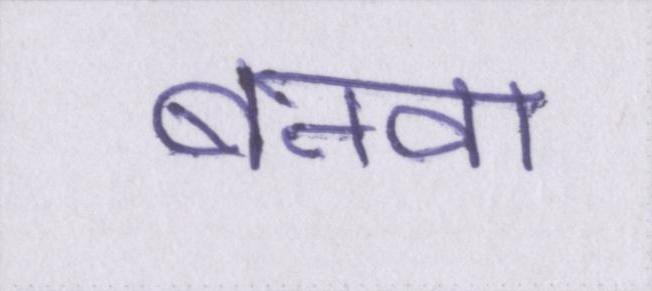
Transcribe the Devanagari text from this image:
बनवा